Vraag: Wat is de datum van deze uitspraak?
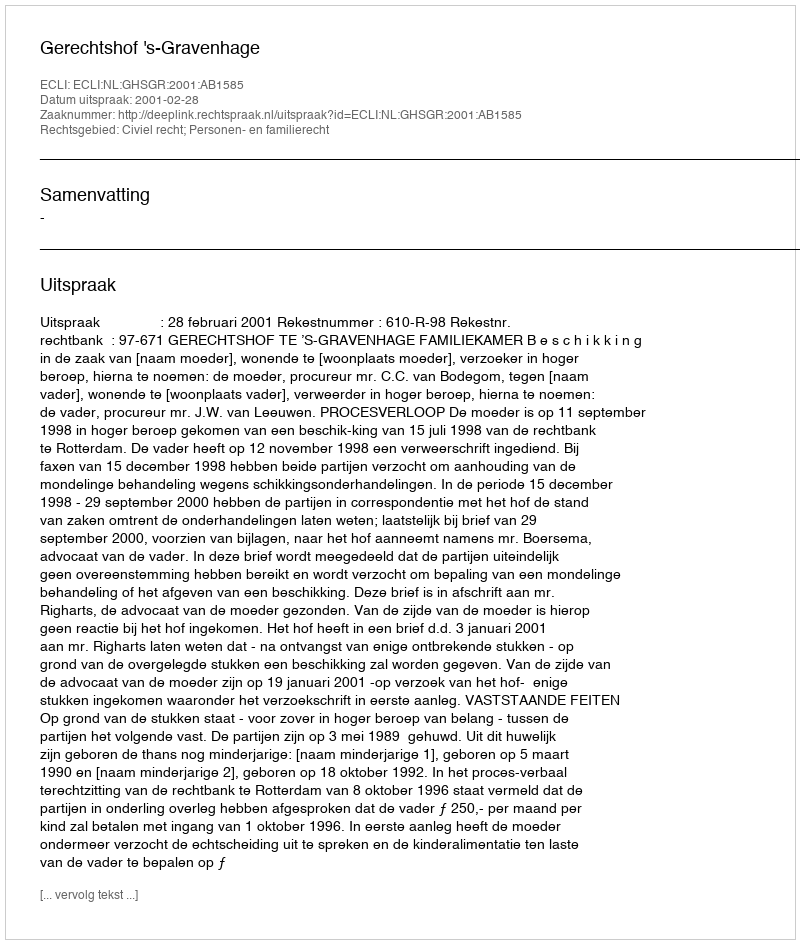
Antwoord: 2001-02-28